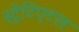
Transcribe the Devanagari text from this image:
स्ट्रेटिएटल